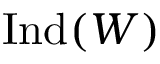
{ \mathrm { I n d } } ( W )